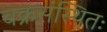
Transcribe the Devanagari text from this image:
चक्रसंस्थितः